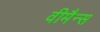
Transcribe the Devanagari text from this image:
वीमैन्स